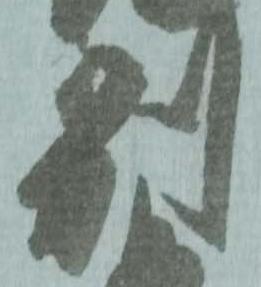
別